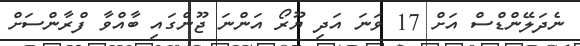
ނެދަލޭންޑްސް އަށް 17 ވަނަ އަދި ޔޫރޯ އަންނަ ޖޫންގައި ބާއްވާ ފްރާންސަށް